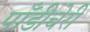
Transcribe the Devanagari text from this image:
पाँडीचेरी